system: You are a helpful assistant.
user:
Analyze the provided spectrum to determine if it is a **Carbon Star (C-type)**.

- **Key Visual Indicators of Carbon Star:**
    - **(Primary):** Strong molecular absorption from **C₂ (diatomic carbon) "Swan Bands."** This is the **defining feature** of a carbon star.
        - **(Key Bandheads):** Sharp absorption edges are visible at approximately $5635$ Å, $5165$ Å (the strongest band), and $4737$ Å.
        - **(Line Profile):** Creates a distinct **"saw-tooth"** pattern. The key morphology is a sharp, steep bandhead on the **red (long-wavelength) side**, which then gradually tapers off (i.e., flux recovers) towards the **blue (short-wavelength) side**. *(This is the direct opposite of the TiO bands seen in M-type stars)*.

    - **(Secondary):** Intense **CN (cyanogen)** molecular absorption bands.
        - **(Key Bandheads):** Located in the blue and violet regions of the spectrum (e.g., near $4215$ Å and $3883$ Å).
        - **(Morphology):** These bands are extremely broad and act as a "blanket," absorbing the vast majority of blue and violet light. This creates a characteristic **"cliff"** or **"steep drop-off"** in the spectrum's flux at short wavelengths.

    - **(Key Confirmation):** Strong **CH absorption band (G-band)**.
        - **(Key Bandhead):** Located around $4300$ Å. The contribution from CH molecules to this band is exceptionally strong.

    - **(Overall Spectrum):**
        - The continuum is severely "chopped up" by these deep molecular bands, especially C₂, rather than appearing as a smooth curve.
        - Due to the heavy CN and C₂ absorption in the blue-green, the vast majority of the star's flux is concentrated in the red part of the spectrum, giving the star its characteristic deep red color.

Think first, call **spectral_visualization_tool** if needed to examine features in detail, then provide your final answer. Your response must adhere to the following strict rules:
1.  **Overall Structure:** Your response must follow the format `<think>...</think> <tool_call>...</tool_call> (if a tool is used) <answer>...</answer>`.
2.  **Tool Usage Constraint:** You may only make **one** tool call per turn.
3.  **Final Answer Format:** In the `<answer>` tag, your conclusion must be inside a `\boxed{}` command (e.g., `\boxed{YES}`), followed by your justification.

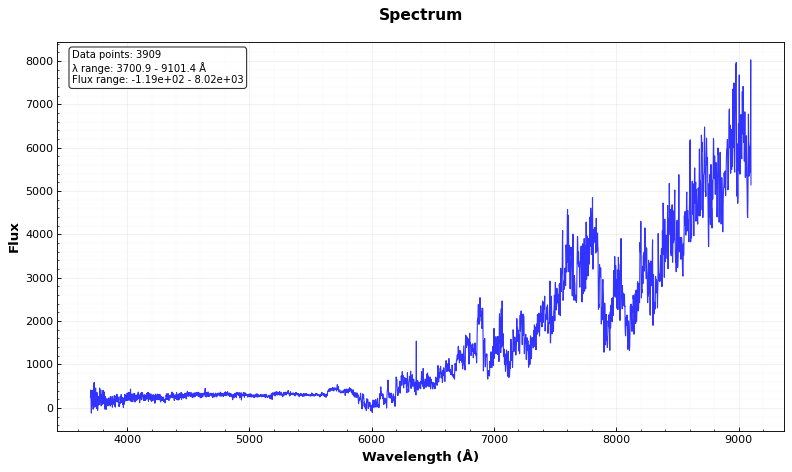
Answer: YES